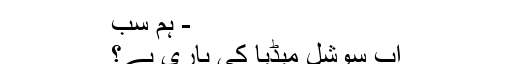
- ہم سب
اب سوشل میڈیا کی باری ہے؟